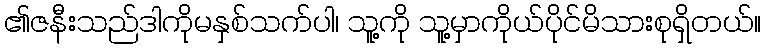
၏ဇနီးသည်ဒါကိုမနှစ်သက်ပါ၊ သူ့ကို သူ့မှာကိုယ်ပိုင်မိသားစုရှိတယ်။